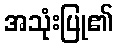
အသုံးပြု၏